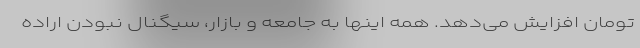
تومان افزایش می‌دهد. همه اینها به جامعه و بازار، سیگنال نبودن اراده